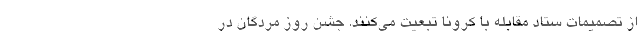
از تصمیمات ستاد مقابله با کرونا تبعیت می‌کنند. جشن‌ روز مردگان در